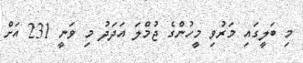
މި ބަލީގައި މަރުވި މީހުންގެ ޖުމްލަ އަދަދު މި ވަނީ 231 އަށް